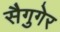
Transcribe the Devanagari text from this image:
सैगुगेर